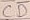
Text: CD